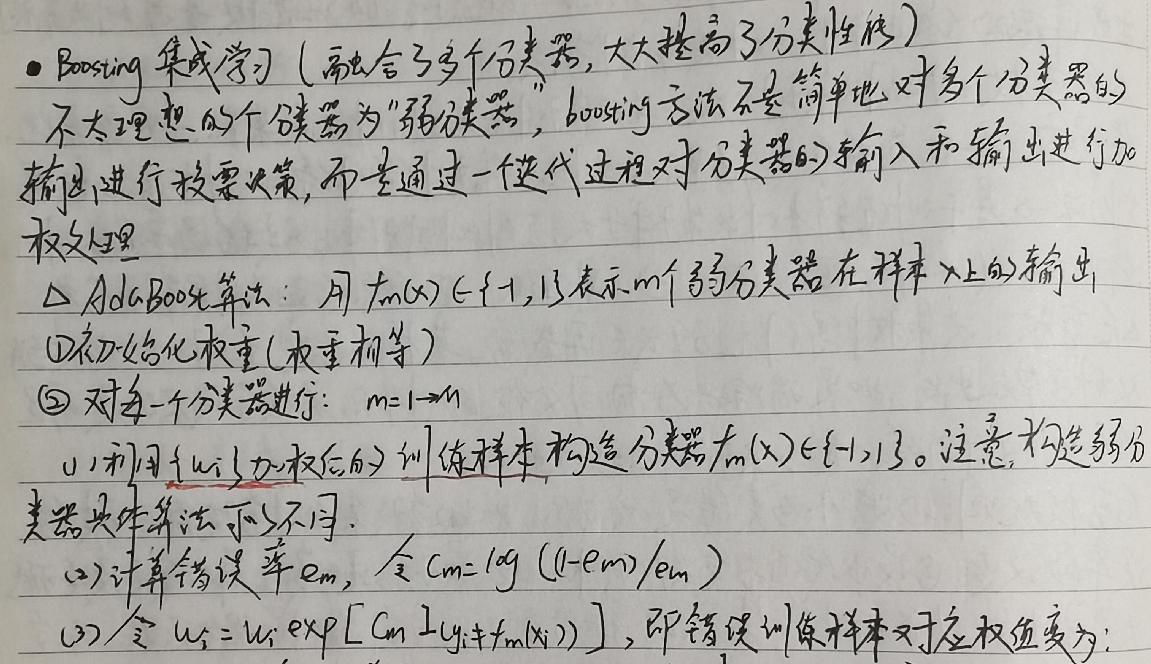
- Boosting 集成学习（融合了多个分类器，大大提高了分类性能）
不太理想的分类器为“弱分类器”，boosting 方法不是简单地对多个分类器的
输出进行投票决策，而是通过一个迭代过程对分类器的输入和输出进行加
权处理
△ Adaboost 算法：用 $f_m(x)\in\{ - 1,1\}$ 表示 $m$ 个弱分类器在样本 $x$ 上的输出
\textcircled{1}初始化权重（权重相等）
\textcircled{2}对每一个分类器进行：$m = 1\rightarrow M$
(1)利用 $\{w_i\}$（加权后的）训练样本构造分类器 $f_m(x)\in\{ - 1,1\}$。注意，构造弱分
类器具体算法可以不同.
(2)计算错误率 $e_m$，令 $C_m=\log((1 - e_m)/e_m)$
(3)令 $w_i=w_i\exp[C_mI(y_i\neq f_m(x_i))]$，即错误训练样本对应权值变为：